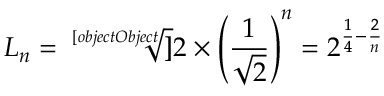
L _ { n } = { \sqrt [ [object Object] ] { 2 } } \times \left( { \frac { 1 } { \sqrt { 2 } } } \right) ^ { n } = 2 ^ { { \frac { 1 } { 4 } } - { \frac { 2 } { n } } }